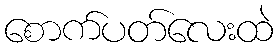
စောက်ပတ်လေးထဲ